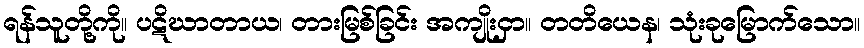
ရန်သူတို့ကို။ ပဋိဃာတာယ၊ တားမြစ်ခြင်း အကျိုးငှာ။ တတိယေန၊ သုံးခုမြောက်သော။